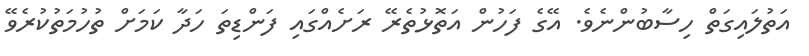
އަތުލައިގަތް ހިސާބުންނެވެ. އޭގެ ފަހުން އަތޮޅުތެރޭ ރަށެއްގައި ފަންޑިތަ ހަދާ ކަމަށް ތުހުމަތުކުރެވޭ